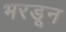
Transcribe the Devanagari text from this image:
भरडून